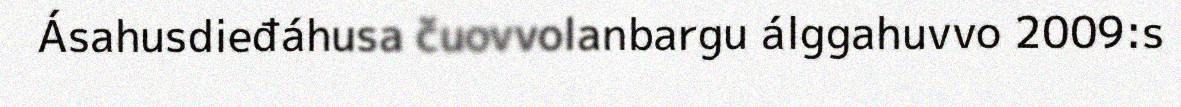
Ásahusdieđáhusa čuovvolanbargu álggahuvvo 2009:s